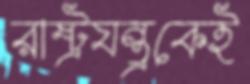
রাষ্ট্রযন্ত্রকেই